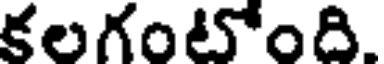
కలగంటోంది.